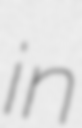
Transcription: in